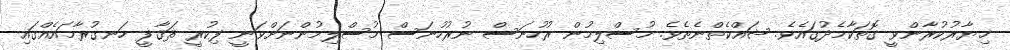
ޚިޔާރުކުރާންވީ ގޮތަކާމެދުގައެވެ. ޝައްކެތްނެތެވެ. މުސްލިމުން ރުހުނަސް ނުރުހުނަސް މުސްލިމުންނަށްވަނީ ފިކުރީ ޘަޤާފީ ހަނގުރާމައެއްގައި